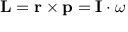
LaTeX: \mathbf { L } = \mathbf { r } \times \mathbf { p } = \mathbf { I } \cdot { \boldsymbol { \omega } }